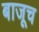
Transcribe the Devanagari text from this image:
बाजूच